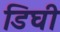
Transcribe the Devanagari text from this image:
डिघी